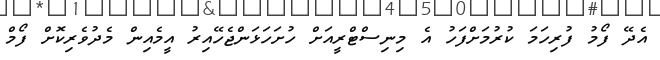
އެދޭ ފޯމު ފުރިހަމަ ކުރުމަށްފަހު އެ މިނިސްޓްރީއަށް ހުށަހަޅަންޖެހޭއިރު އީމެއިން މެދުވެރިކޮށް ފޯމް